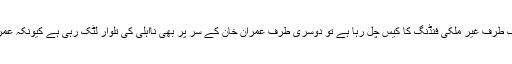
دوسروں پر الزام تراشیاں کرنے والے عمران خان پر ایک طرف غیر ملکی فنڈنگ کا کیس چل رہا ہے تو دوسری طرف عمران خان کے سر پر بھی نااہلی کی تلوار لٹک رہی ہے کیونکہ عمران خان پر بھی وہی الزامات ہیں جو نوازشریف پر تھے۔